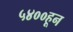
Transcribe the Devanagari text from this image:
५४००हून